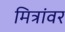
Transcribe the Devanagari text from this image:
मित्रांवर